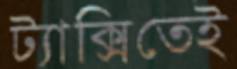
ট্যাক্সিতেই